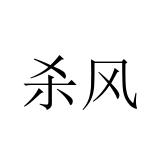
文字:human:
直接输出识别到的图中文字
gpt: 杀风